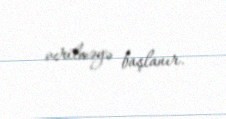
verilməyə başlanır.